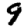
Digit: 9